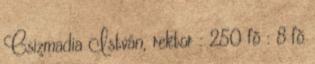
Csizmadia István, rektor : 250 fõ : 8 fõ